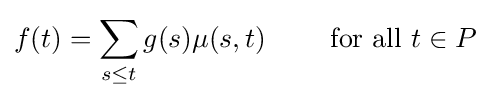
f(t)=\sum _{s\leq t}g(s)\mu (s,t)\qquad {\text{ for all }}t\in P